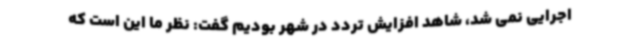
اجرایی نمی شد، شاهد افزایش تردد در شهر بودیم گفت: نظر ما این است که